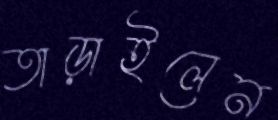
তাড়াইলেন